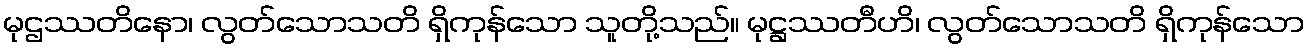
မုဌဿတိနော၊ လွတ်သောသတိ ရှိကုန်သော သူတို့သည်။ မုဋ္ဌဿတီဟိ၊ လွတ်သောသတိ ရှိကုန်သော